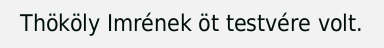
Thököly Imrének öt testvére volt.